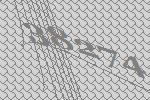
38274